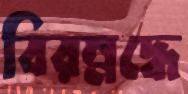
বিরম্নদ্ধে